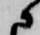
に